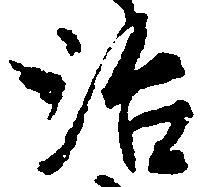
治